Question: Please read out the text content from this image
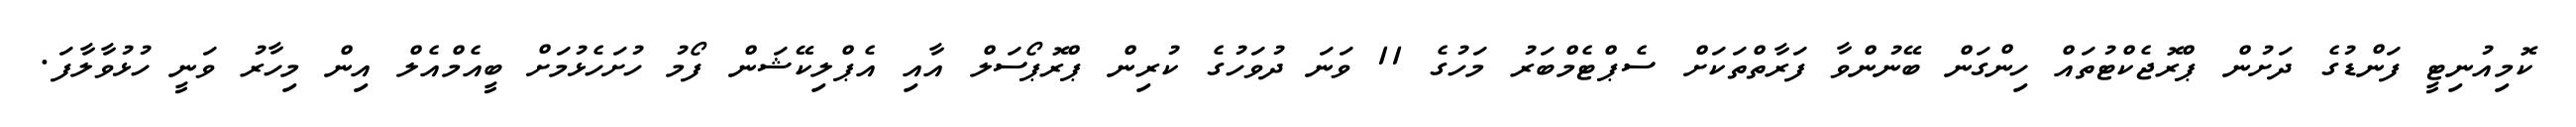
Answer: ކޮމިއުނިޓީ ފަންޑުގެ ދަށުން ޕްރޮޖެކްޓުތައް ހިންގަން ބޭނުންވާ ފަރާތްތަކަށް ސެޕްޓެމްބަރު މަހުގެ 11 ވަނަ ދުވަހުގެ ކުރިން ޕްރޮޕޯސަލް އާއި އެޕްލިކޭޝަން ފޯމު ހުށަހެޅުމަށް ބީއެމްއެލް އިން މިހާރު ވަނީ ހުޅުވާލާފަ.